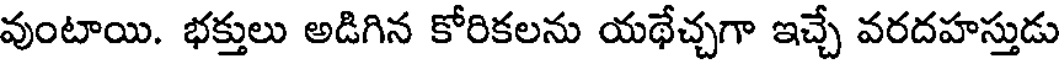
వుంటాయి. భక్తులు అడిగిన కోరికలను యథేచ్చగా ఇచ్చే వరదహస్తుడు